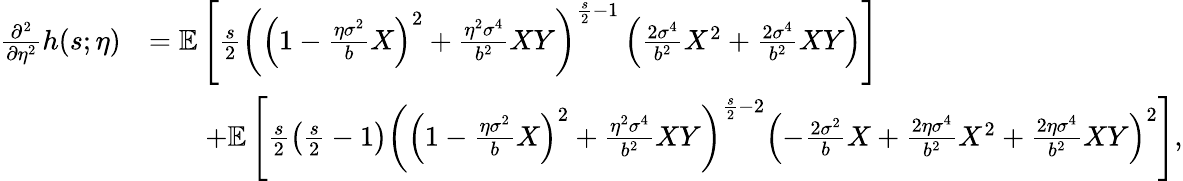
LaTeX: \begin{array}{rl}{\frac{\partial^{2}}{\partial\eta^{2}}h(s;\eta)}&{=\mathbb{E}\left[\frac{s}{2}\left(\left(1-\frac{\eta\sigma^{2}}{b}X\right)^{2}+\frac{\eta^{2}\sigma^{4}}{b^{2}}XY\right)^{\frac{s}{2}-1}\left(\frac{2\sigma^{4}}{b^{2}}X^{2}+\frac{2\sigma^{4}}{b^{2}}XY\right)\right]}\\ &{\qquad+\mathbb{E}\left[\frac{s}{2}\left(\frac{s}{2}-1\right)\left(\left(1-\frac{\eta\sigma^{2}}{b}X\right)^{2}+\frac{\eta^{2}\sigma^{4}}{b^{2}}XY\right)^{\frac{s}{2}-2}\left(-\frac{2\sigma^{2}}{b}X+\frac{2\eta\sigma^{4}}{b^{2}}X^{2}+\frac{2\eta\sigma^{4}}{b^{2}}XY\right)^{2}\right],}\end{array}